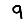
Digit: 9